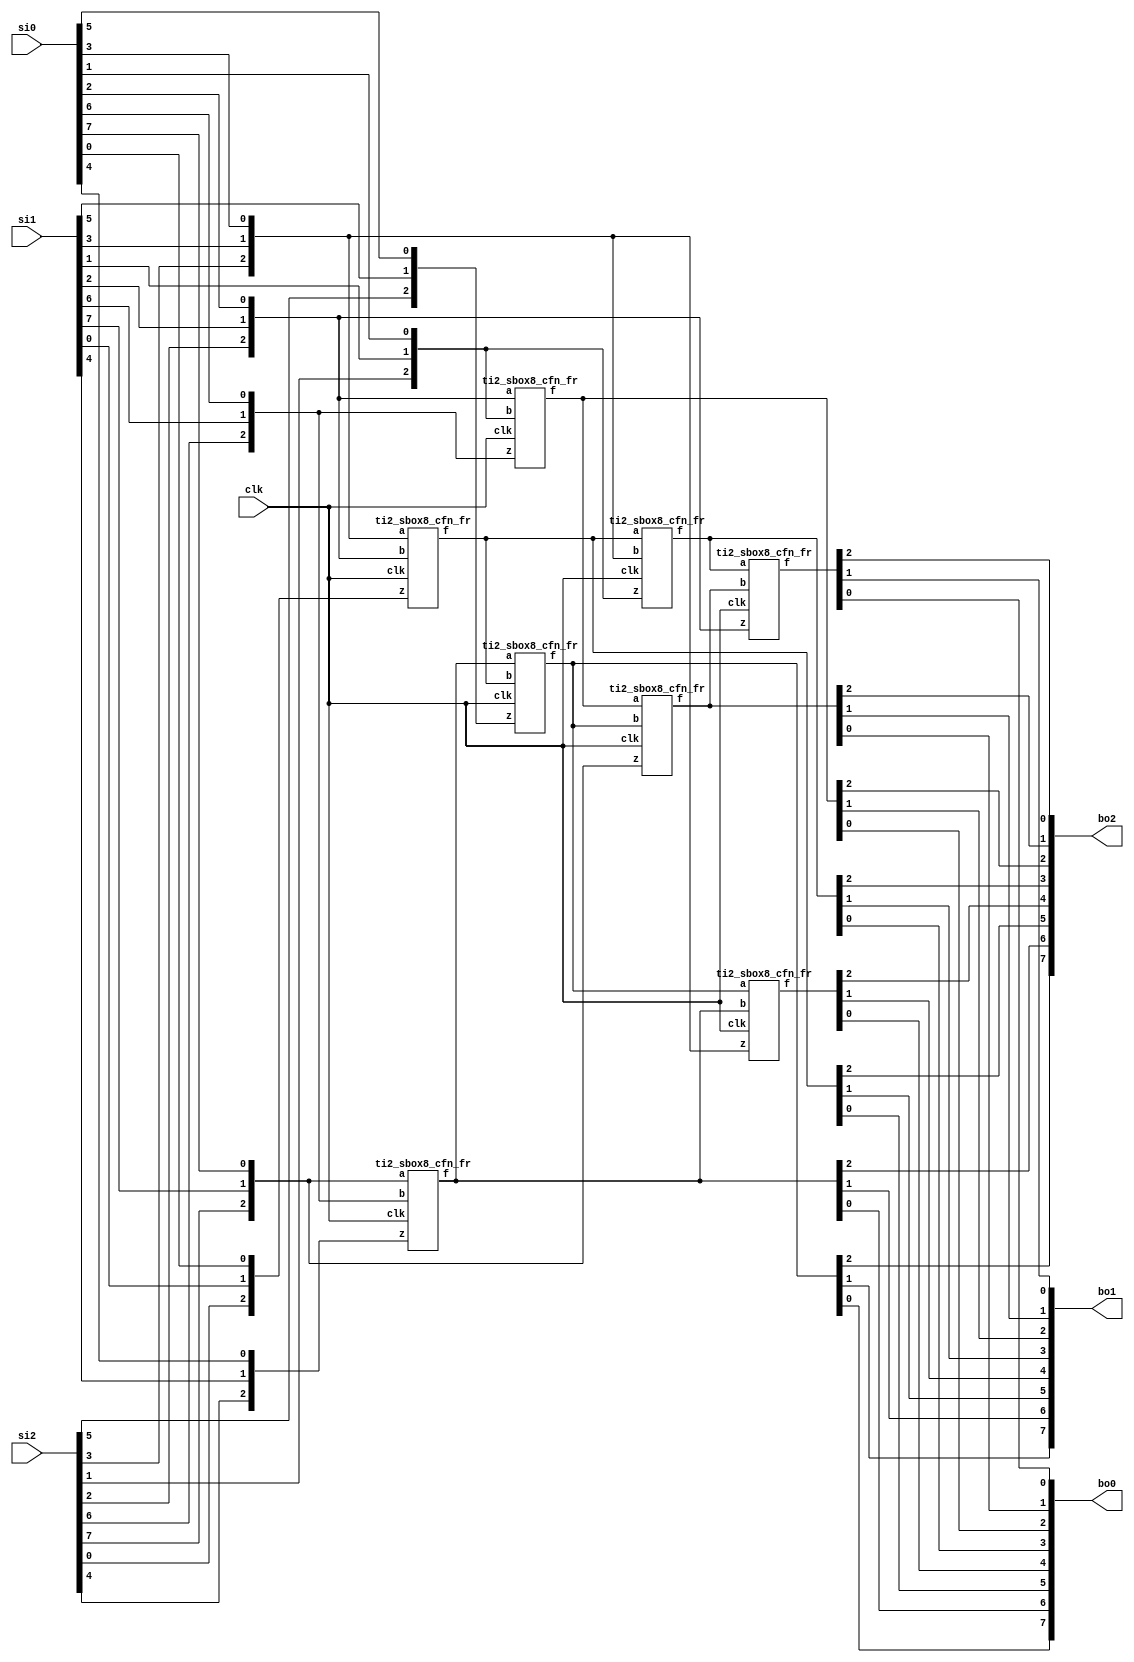
/*
 Designer: Mustafa Khairallah
 Nanyang Technological University
 Singapore
 Date: July, 2021
 */

module skinny_sbox8_ti2_non_pipelined (/*AUTOARG*/
   // Outputs
   bo2, bo1, bo0,
   // Inputs
   si2, si1, si0, clk
   );
   output [7:0] bo2;
   output [7:0] bo1;
   output [7:0] bo0;

   input [7:0] 	si2;
   input [7:0] 	si1;
   input [7:0] 	si0;
   input        clk;

   wire [2:0]	bi7;
   wire [2:0]	bi6;
   wire [2:0]	bi5;
   wire [2:0]	bi4;
   wire [2:0]	bi3;
   wire [2:0]	bi2;
   wire [2:0]	bi1;
   wire [2:0]	bi0;

   wire [2:0]	a7;
   wire [2:0]	a6;
   wire [2:0]	a5;
   wire [2:0]	a4;
   wire [2:0]	a3;
   wire [2:0]	a2;
   wire [2:0]	a1;
   wire [2:0]	a0;
 
   assign bi0 = {si2[0],si1[0],si0[0]};
   assign bi1 = {si2[1],si1[1],si0[1]};
   assign bi2 = {si2[2],si1[2],si0[2]};
   assign bi3 = {si2[3],si1[3],si0[3]};
   assign bi4 = {si2[4],si1[4],si0[4]};
   assign bi5 = {si2[5],si1[5],si0[5]};
   assign bi6 = {si2[6],si1[6],si0[6]};
   assign bi7 = {si2[7],si1[7],si0[7]};

   ti2_sbox8_cfn_fr b764 (a0,bi7,bi6,bi4,clk);
   ti2_sbox8_cfn_fr b320 (a1,bi3,bi2,bi0,clk);
   ti2_sbox8_cfn_fr b216 (a2,bi2,bi1,bi6,clk);
   ti2_sbox8_cfn_fr b015 (a3,a0, a1, bi5,clk);
   ti2_sbox8_cfn_fr b131 (a4,a1, bi3,bi1,clk);
   ti2_sbox8_cfn_fr b237 (a5,a2, a3, bi7,clk);
   ti2_sbox8_cfn_fr b303 (a6,a3, a0, bi3,clk);
   ti2_sbox8_cfn_fr b422 (a7,a4, a5, bi2,clk);

   assign {bo2[6],bo1[6],bo0[6]} = a0;
   assign {bo2[5],bo1[5],bo0[5]} = a1;
   assign {bo2[2],bo1[2],bo0[2]} = a2;
   assign {bo2[7],bo1[7],bo0[7]} = a3;
   assign {bo2[3],bo1[3],bo0[3]} = a4;
   assign {bo2[1],bo1[1],bo0[1]} = a5;
   assign {bo2[4],bo1[4],bo0[4]} = a6;
   assign {bo2[0],bo1[0],bo0[0]} = a7;	 
endmodule // skinny_sbox8_ti2_non_pipelined

module ti2_sbox8_cfn_fr (/*AUTOARG*/
   // Outputs
   f,
   // Inputs
   a, b, z, clk
   ) ;
   output [2:0]        f;
   input [2:0]         a, b, z;
   input 	       clk;

   wire [2:0] 	       x;
   wire [2:0] 	       y;
   
   reg [2:0] 	       rg;

   assign x = {a[2:1],~a[0]};
   assign y = {b[2:1],~b[0]};
   
   always @ (posedge clk) begin      
      
      rg[0] <= (x[1] & y[1]) ^ (x[1] & y[2]) ^ (x[2] & y[1]) ^ z[0];      
      rg[1] <= (x[2] & y[2]) ^ (x[0] & y[2]) ^ (x[2] & y[0]) ^ z[1];
      rg[2] <= (x[0] & y[0]) ^ (x[0] & y[1]) ^ (x[1] & y[0]) ^ z[2];      

   end // always @ (posedge clk)

   assign f[0] = rg[0];
   assign f[1] = rg[1];
   assign f[2] = rg[2];

endmodule // ti2_sbox8_cfn_fr